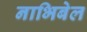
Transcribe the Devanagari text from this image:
नाभिबेल